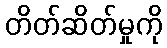
တိတ်ဆိတ်မှုကို